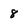
Character: 8